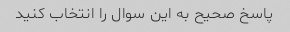
پاسخ صحیح به این سوال را انتخاب کنید